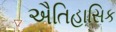
ઐતિહાસિક